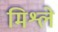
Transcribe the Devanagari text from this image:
मिश्ले